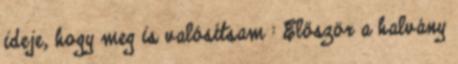
ideje, hogy meg is valósítsam : Először a halvány